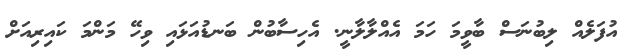
އުފަލެއް ލިބުނަސް ބާވީމަ ހަމަ އެއްލާލާނީ. އެހިސާބުން ބަނޑުއަޅައި ވިހޭ މަންމަ ކައިރިއަށް